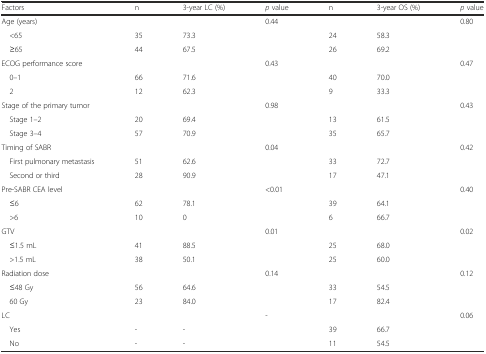
| Factors | n | 3-year LC (%) | p value | n | 3-year OS (%) | p value |
 | --- | --- | --- | --- | --- | --- | --- |
 | Age (years) |  |  | 0.44 |  |  | 0.80 |
 | <65 | 35 | 73.3 |  | 24 | 58.3 |  |
 | ≥65 | 44 | 67.5 |  | 26 | 69.2 |  |
 | ECOG performance score |  |  | 0.43 |  |  | 0.47 |
 | 0–1 | 66 | 71.6 |  | 40 | 70.0 |  |
 | 2 | 12 | 62.3 |  | 9 | 33.3 |  |
 | Stage of the primary tumor |  |  | 0.98 |  |  | 0.43 |
 | Stage 1–2 | 20 | 69.4 |  | 13 | 61.5 |  |
 | Stage 3–4 | 57 | 70.9 |  | 35 | 65.7 |  |
 | Timing of SABR |  |  | 0.04 |  |  | 0.42 |
 | First pulmonary metastasis | 51 | 62.6 |  | 33 | 72.7 |  |
 | Second or third | 28 | 90.9 |  | 17 | 47.1 |  |
 | Pre-SABR CEA level |  |  | <0.01 |  |  | 0.40 |
 | ≤6 | 62 | 78.1 |  | 39 | 64.1 |  |
 | >6 | 10 | 0 |  | 6 | 66.7 |  |
 | GTV |  |  | 0.01 |  |  | 0.02 |
 | ≤1.5 mL | 41 | 88.5 |  | 25 | 68.0 |  |
 | >1.5 mL | 38 | 50.1 |  | 25 | 60.0 |  |
 | Radiation dose |  |  | 0.14 |  |  | 0.12 |
 | ≤48 Gy | 56 | 64.6 |  | 33 | 54.5 |  |
 | 60 Gy | 23 | 84.0 |  | 17 | 82.4 |  |
 | LC |  |  | - |  |  | 0.06 |
 | Yes | - | - |  | 39 | 66.7 |  |
 | No | - | - |  | 11 | 54.5 |  |